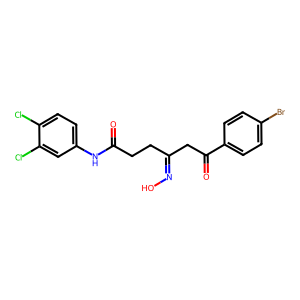
SMILES: O=C(CCC(CC(=O)c1ccc(Br)cc1)=NO)Nc1ccc(Cl)c(Cl)c1
Inhibits HIV replication: No